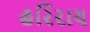
હરિરાય